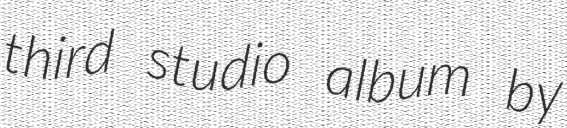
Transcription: third studio album by